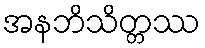
အနဘိသိတ္တဿ